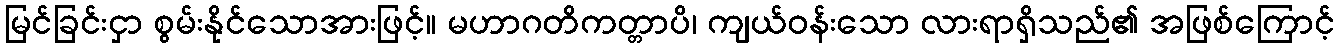
မြင်ခြင်းငှာ စွမ်းနိုင်သောအားဖြင့်။ မဟာဂတိကတ္တာပိ၊ ကျယ်ဝန်းသော လားရာရှိသည်၏ အဖြစ်ကြောင့်